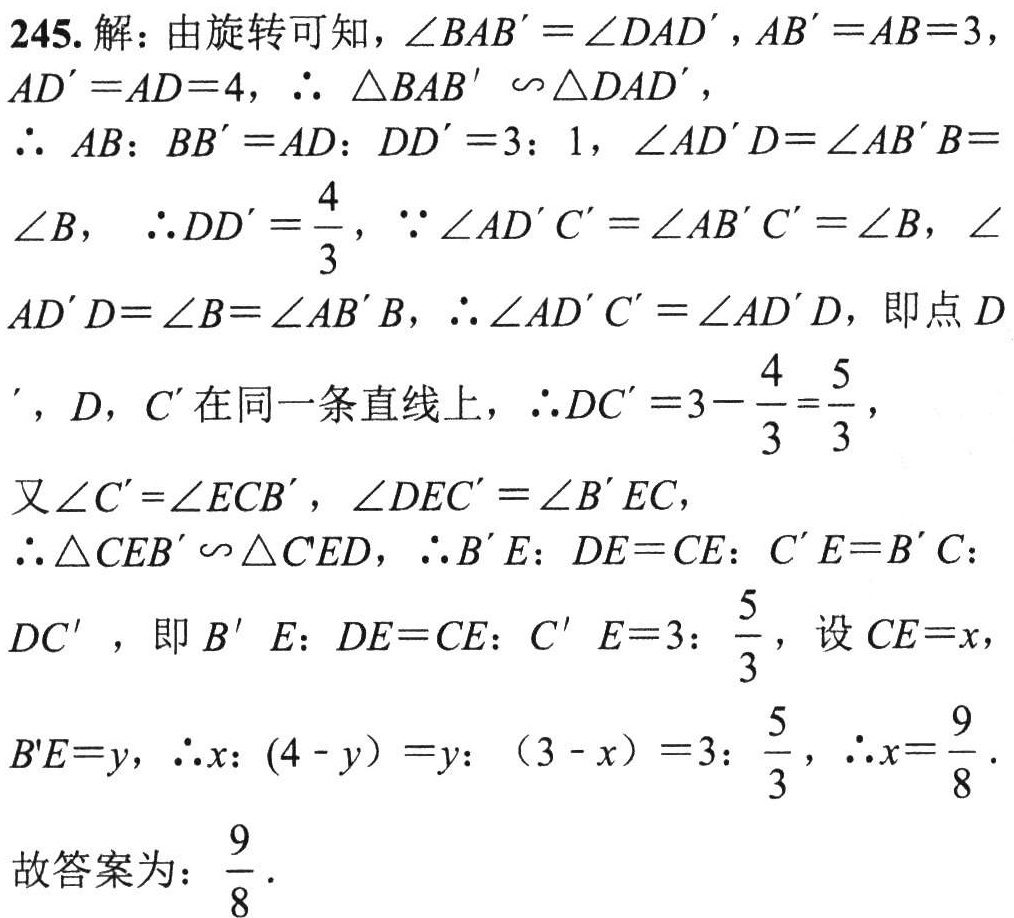
245. 解：由旋转可知，\(\angle BAB'=\angle DAD'\)，\(AB' = AB = 3\)，\(AD' = AD = 4\)，\(\therefore \triangle BAB'\sim\triangle DAD'\)，

\(\therefore AB:BB' = AD:DD' = 3:1\)，\(\angle AD'D=\angle AB'B = \angle B\)，\(\therefore DD'=\frac{4}{3}\)，\(\because\angle AD'C'=\angle AB'C'=\angle B\)，\(\angle AD'D=\angle B=\angle AB'B\)，\(\therefore\angle AD'C'=\angle AD'D\)，即点\(D'\)，\(D\)，\(C'\)在同一条直线上，\(\therefore DC' = 3-\frac{4}{3}=\frac{5}{3}\)，

又\(\angle C'=\angle ECB'\)，\(\angle DEC'=\angle B'EC\)，

\(\therefore\triangle CEB'\sim\triangle C'ED\)，\(\therefore B'E:DE = CE:C'E = B'C:DC'\)，即\(B'E:DE = CE:C'E = 3:\frac{5}{3}\)，设\(CE = x\)，\(B'E = y\)，\(\therefore x:(4 - y)=y:(3 - x)=3:\frac{5}{3}\)，\(\therefore x=\frac{9}{8}\)．

故答案为：\(\frac{9}{8}\)．